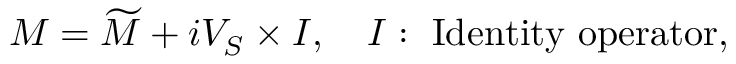
M = \widetilde { M } + i { \cal V } _ { S } \times I , \quad I : \ \mathrm { I d e n t i t y ~ o p e r a t o r } ,